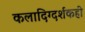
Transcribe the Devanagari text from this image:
कलादिग्दर्शकही